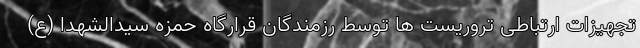
تجهیزات ارتباطی تروریست ها توسط رزمندگان قرارگاه حمزه سیدالشهدا (ع)